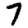
Digit: 7